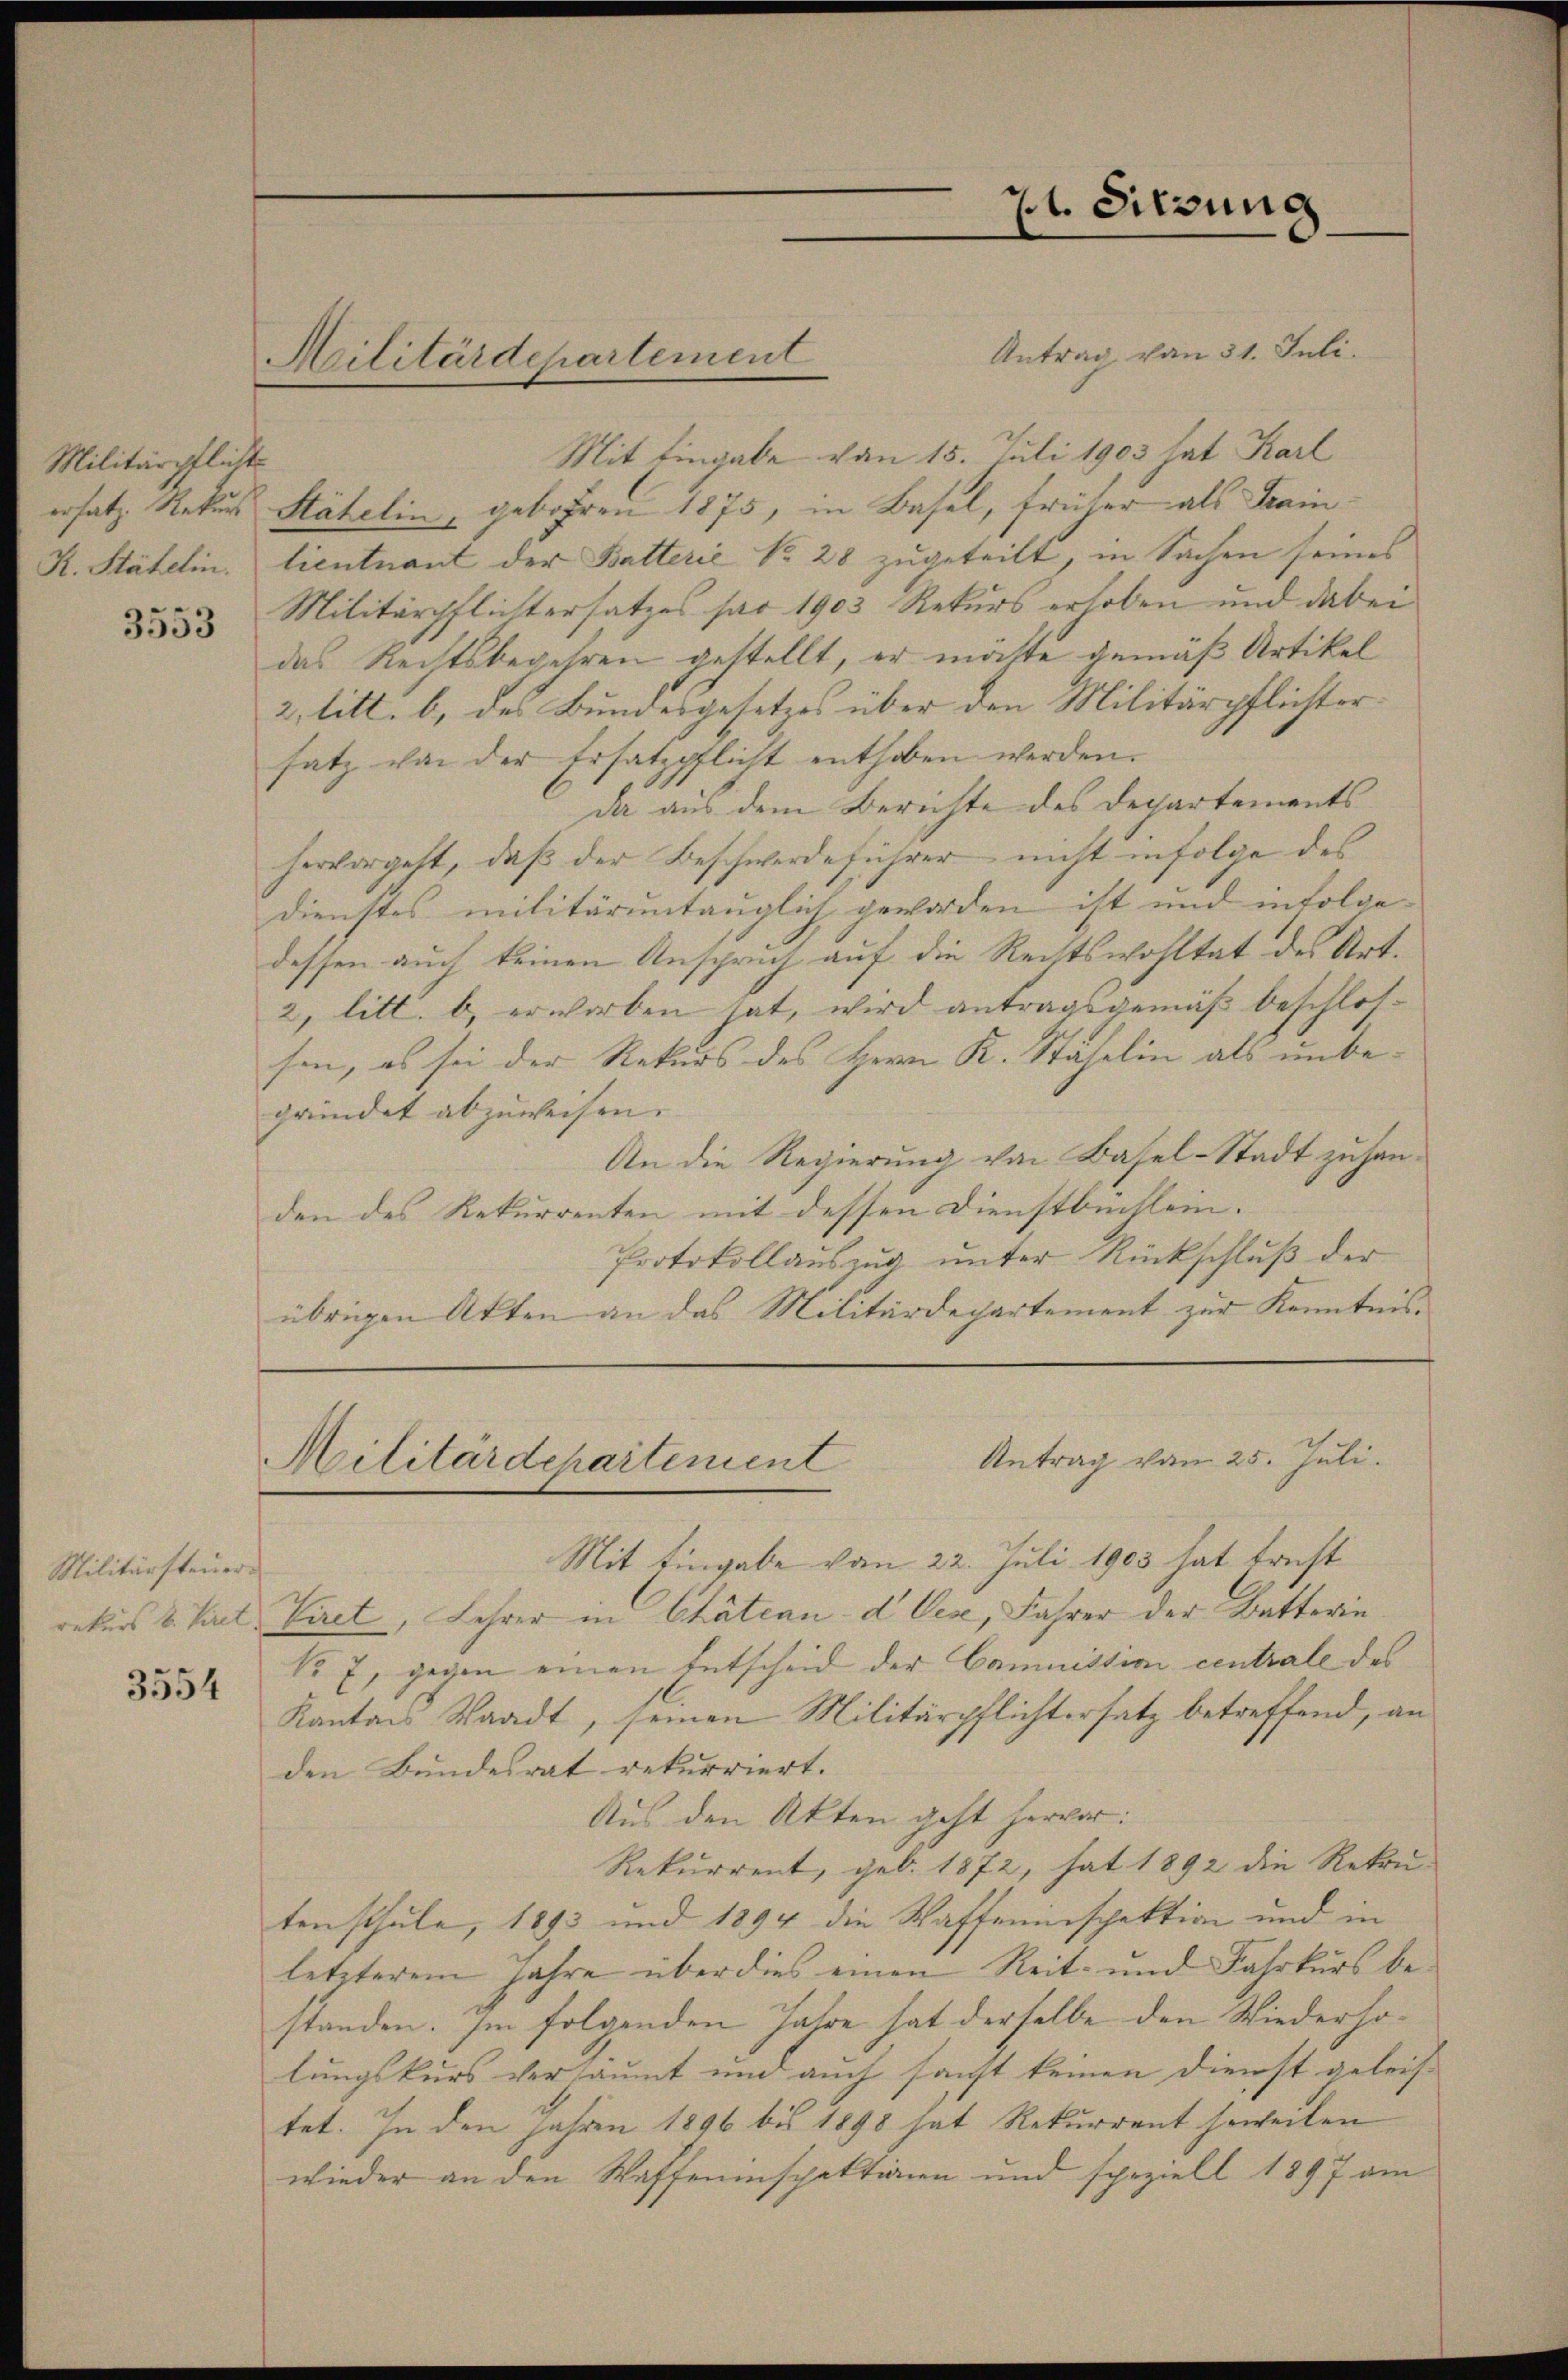
Militärpflichts
ersatz. Rekur
K. Stähelin.

3553

Militärsteuer.

3554

Antrag vom 31. Juli.
Mit Eingabe von 15. Juli 1903 hat Karl
Stähelin, gebohren 1875, in Basel, früher als Kainlieutnant der Batterie No 28 zugeteilt, in Sachen seines
Militärpflichtersatzes pro 1903 Rekurs erhoben und dabei
das Rechtsbegehren gestellt, er mütte gemäß Artikel
2, litt. b) des Bundesgesetzes über den Militärpflichtersatz von der Ersatzpflicht enthoben werden.
da aus dem Berichte des Departementshervorgeht, daß der Beschwerdeführer nicht infolge des
dienstes militäruntauglich geworden ist und infolgedessen auch keinen Anspruch auf die Rechtswohltat des Art.
2, litt. b) erworben hat, wird antragsgemäß beschlossen, es sei der Rekurs des Herrn K. Stähelin als unbegründet abzuweisen. |
An die Regierung von Basel-Stadt zu handen des Rekurrenten mit dessen Dienstbüchlein.
Protokollauszug unter Rückschluß der
übrigen Akten an das Militärdepartement zur Kenntnis.

Militärdepartement

Militärdchartement

21. Sitzung

Antrag vom 25. Juli.
Mit Eingabe vom 22. Juli 1903 hat traft
rekurs d. Kiel Viret, Lehrer in Chätian d Oese, Jahrer der Batterin
No. 7, gegen einen Entscheid der Commission centrale des
Kanton Waadt, seinen Militärpflichtersatz betreffend, an
den Bundesrat rekurriert.
Aus den Akten geht hervor:
Rekurrent, geb. 1872, hat 1892 die Rekrutenschule, 1893 und 1894 die Waffeninspektion und in
letzterem Jahre über dies einen Reit- und Fahrkurs bestanden. Im folgenden Jahre hat derselbe den Wiederholungskurs versäumt und auch sanft keinen Dienst geleistet. In den Jahren 1896 bis 1898 hat Rekurrent jeweilen
wieder an den Waffeninspektionen und speziell 1897 am